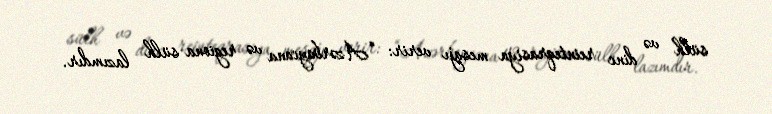
sülh və dinc reinteqrasiya mesajı verir: “Azərbaycana və regiona sülh lazımdır.